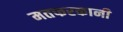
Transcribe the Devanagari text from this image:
मतफरकानी